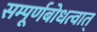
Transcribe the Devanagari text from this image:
सम्पूर्णबोधत्वात्